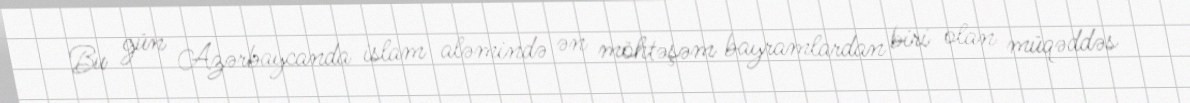
Bu gün Azərbaycanda islam aləmində ən möhtəşəm bayramlardan biri olan müqəddəs